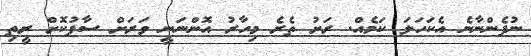
ނުފެންނާނެ އެކަހަލަ ކަމެއް. ރަށު ތެރެ މިހާރު އޮންނަނީ ވަރަށް ސާފުކޮށް ރީތި